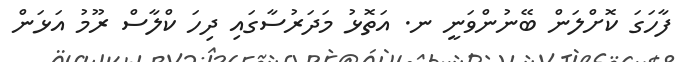
ފާހަގަ ކޮށްލަން ބޭނުންވަނީ ނ. އަތޮޅު މަދަރުސާގައި ދިހަ ކްލާސް ރޫމު އަޅަން